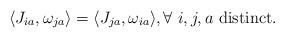
LaTeX: \begin{align*}\langle J_{ia},\omega_{ja}\rangle = \langle J_{ja},\omega_{ia}\rangle,\forall\ \textrm{$i,j,a$ distinct.}\end{align*}